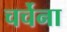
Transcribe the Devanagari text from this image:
चर्चेना